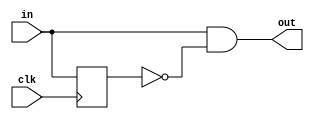
// Single pulser
module spulse(
        input wire  in,  // debounced, synchronized input
        input wire  clk, // clock to do a single pulse on
        output wire out  // single pulsed output
    );

    reg state; // flipflop holding state

    assign out = in & (~state);
    always @(posedge clk) begin
        state <= in;
    end

endmodule